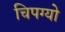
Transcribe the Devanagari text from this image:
चिपग्यो